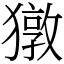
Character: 獤